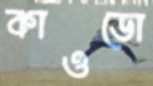
কাওডো